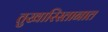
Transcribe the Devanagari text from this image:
तुखारिस्तानात